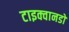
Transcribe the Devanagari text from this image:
टाइक्वानडो